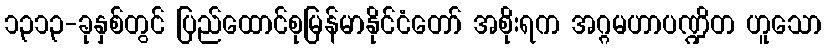
၁၃၁၃-ခုနှစ်တွင် ပြည်ထောင်စုမြန်မာနိုင်ငံတော် အစိုးရက အဂ္ဂမဟာပဏ္ဍိတ ဟူသော